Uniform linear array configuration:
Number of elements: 64
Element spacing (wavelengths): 0.5
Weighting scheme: cosine
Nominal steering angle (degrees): -15
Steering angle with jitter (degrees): -14.474
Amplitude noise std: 0.05
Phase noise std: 0.05

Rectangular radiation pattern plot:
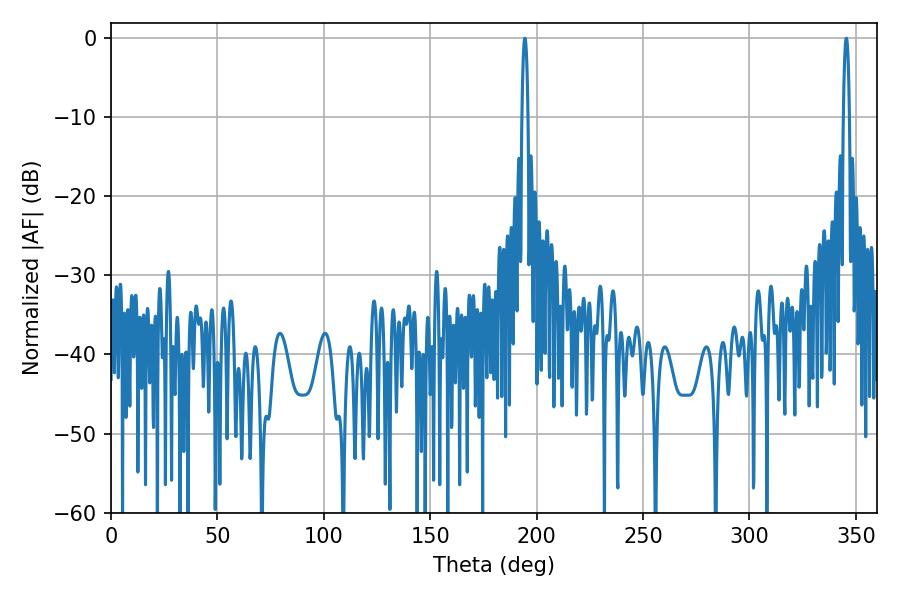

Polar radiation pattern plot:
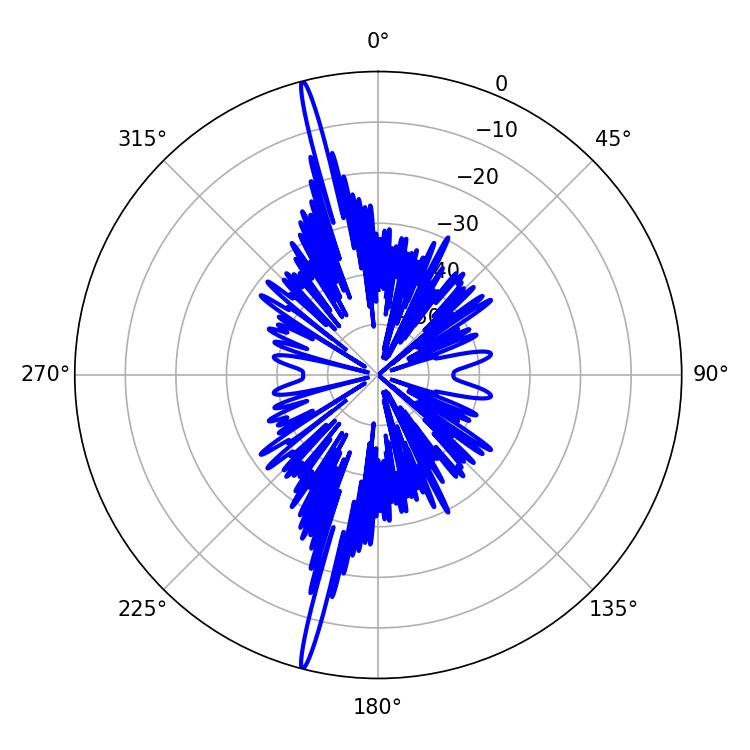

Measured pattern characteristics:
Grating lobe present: FALSE
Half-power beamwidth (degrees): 1.62
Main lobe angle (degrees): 194.4